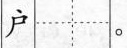
户。